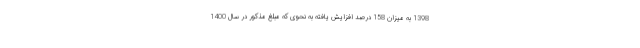
1398 به میزان 158 درصد افزایش یافته به نحوی که مبلغ مذکور در سال 1400